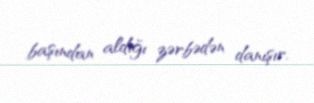
başından aldığı zərbədən danışır.